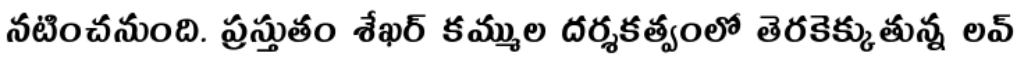
నటించనుంది. ప్రస్తుతం శేఖర్ కమ్ముల దర్శకత్వంలో తెరకెక్కుతున్న లవ్